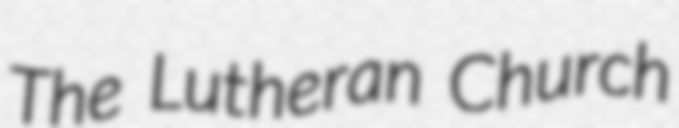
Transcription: The Lutheran Church